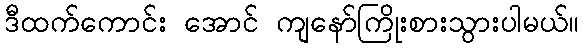
ဒီထက်ကောင်း အောင် ကျနော်ကြိုးစားသွားပါမယ်။